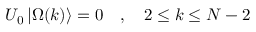
{ \cal U } _ { 0 } \left| \Omega ( k ) \right\rangle = 0 \quad , \quad 2 \leq k \leq N - 2